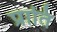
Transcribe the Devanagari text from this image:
प्राति